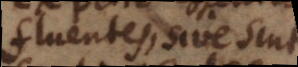
fluentes, sive sint